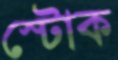
স্টোক